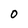
Character: O